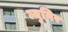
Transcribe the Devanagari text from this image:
म्युनिर